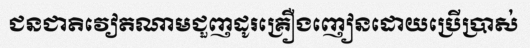
ជនជាតិវៀតណាមជួញដូរគ្រឿងញៀនដោយប្រើប្រាស់